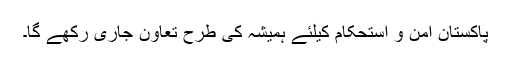
پاکستان امن و استحکام کیلئے ہمیشہ کی طرح تعاون جاری رکھے گا۔